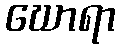
ဃောရာ